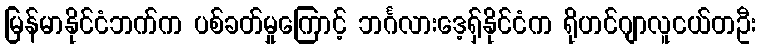
မြန်မာနိုင်ငံဘက်က ပစ်ခတ်မှုကြောင့် ဘင်္ဂလားဒေ့ရှ်နိုင်ငံက ရိုဟင်ဂျာလူငယ်တဦး